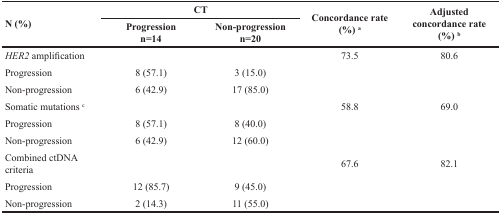
<table><thead><tr><td rowspan="2"><b>N (%)</b></td><td colspan="2"><b>CT</b></td><td rowspan="2"><b>Concordance rate (%) <sup>a</sup></b></td><td rowspan="2"><b>Adjusted concordance rate (%) <sup>b</sup></b></td></tr><tr><td><b>Progression n=14</b></td><td><b>Non-progression n=20</b></td></tr></thead><tbody><tr><td><i>HER2</i> amplification</td><td></td><td></td><td>73.5</td><td>80.6</td></tr><tr><td>Progression</td><td>8 (57.1)</td><td>3 (15.0)</td><td></td><td></td></tr><tr><td>Non-progression</td><td>6 (42.9)</td><td>17 (85.0)</td><td></td><td></td></tr><tr><td>Somatic mutations <sup>c</sup></td><td></td><td></td><td>58.8</td><td>69.0</td></tr><tr><td>Progression</td><td>8 (57.1)</td><td>8 (40.0)</td><td></td><td></td></tr><tr><td>Non-progression</td><td>6 (42.9)</td><td>12 (60.0)</td><td></td><td></td></tr><tr><td>Combined ctDNA criteria</td><td></td><td></td><td>67.6</td><td>82.1</td></tr><tr><td>Progression</td><td>12 (85.7)</td><td>9 (45.0)</td><td></td><td></td></tr><tr><td>Non-progression</td><td>2 (14.3)</td><td>11 (55.0)</td><td></td><td></td></tr></tbody></table>